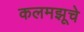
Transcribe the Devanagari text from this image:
कलमझूचे